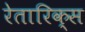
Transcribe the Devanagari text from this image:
रेतारिक्स